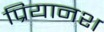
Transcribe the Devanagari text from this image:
प्रियानश